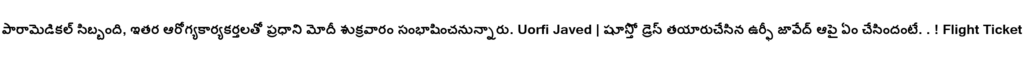
పారామెడికల్ సిబ్బంది, ఇతర ఆరోగ్యకార్యకర్తలతో ప్రధాని మోదీ శుక్రవారం సంభాషించనున్నారు. Uorfi Javed | షూస్తో డ్రెస్ తయారుచేసిన ఉర్ఫీ జావేద్ ఆపై ఏం చేసిందంటే. . ! Flight Ticket